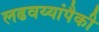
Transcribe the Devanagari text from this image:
लढवय्यांपैकी